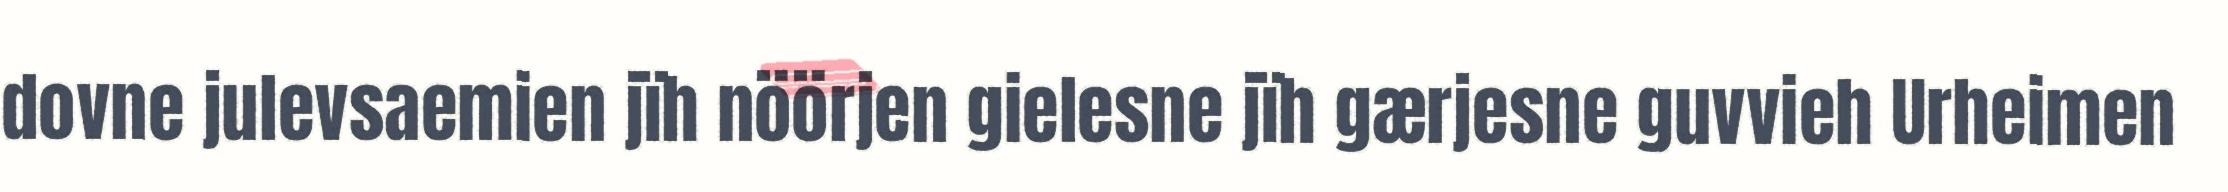
dovne julevsaemien jïh nöörjen gielesne jïh gærjesne guvvieh Urheimen